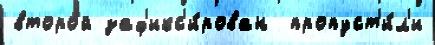
второ́й заф'икс'и́рован  пропуст'и́л'и